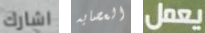
اشارك العصابه يعمل